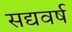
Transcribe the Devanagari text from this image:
सद्यवर्ष